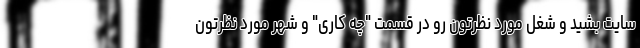
سایت بشید و شغل مورد نظرتون رو در قسمت "چه کاری" و شهر مورد نظرتون